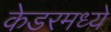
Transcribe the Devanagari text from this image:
केडरमध्ये